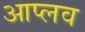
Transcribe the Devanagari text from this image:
आप्लव